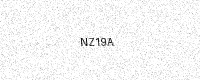
Text: NZ19A